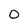
Character: O